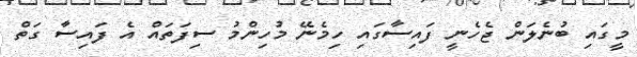
މީގައި ބުނެލަން ޖެހެނީ ފައިސާގައި ހިމެނޭ މުހިންމު ސިފަތައް އެ ފައިސާ ގަތް